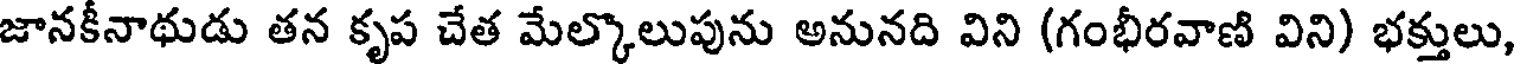
జానకీనాథుడు తన కృప చేత మేల్కొలుపును అనునది విని (గంభీరవాణి విని) భక్తులు,